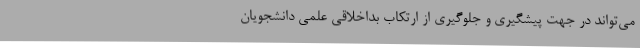
می‌تواند در جهت پیشگیری و جلوگیری از ارتکاب بداخلاقی علمی دانشجویان